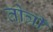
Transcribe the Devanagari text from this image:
तोत्री